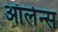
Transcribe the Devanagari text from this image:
ऑर्लेन्स